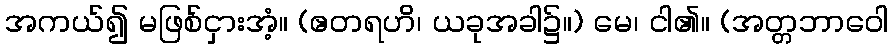
အကယ်၍ မဖြစ်ငှားအံ့။ (ဧတရဟိ၊ ယခုအခါ၌။) မေ၊ ငါ၏။ (အတ္တဘာဝေါ